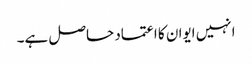
انہیں ایوان کا اعتماد حاصل ہے۔